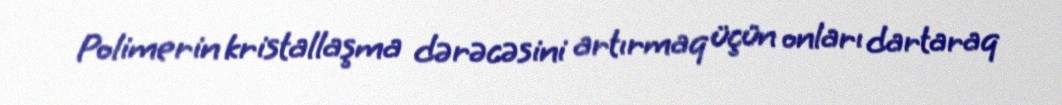
Polimerin kristallaşma dərəcəsini artırmaq üçün onları dartaraq